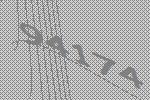
94174